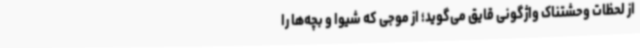
از لحظات وحشتناک واژگونی قایق می‌گوید؛ از موجی که شیوا و بچه‌ها را